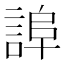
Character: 𧨮